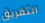
التفريق